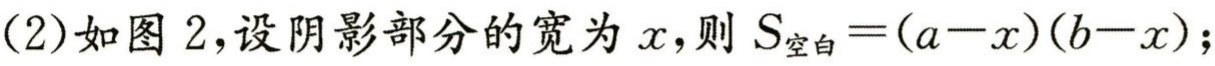
(2)如图 2,设阴影部分的宽为 \(x\),则 \(S_{空白}=(a - x)(b - x)\);